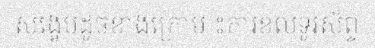
សង្ខេបដូចខាងក្រោម ៖ការខលទូរស័ព្ទ